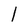
Character: 1